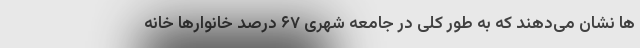
ها نشان می‌دهند که به طور کلی در جامعه شهری ۶۷ درصد خانوارها خانه